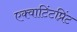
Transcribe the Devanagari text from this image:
एक्वाटिंटप्रिंट